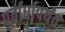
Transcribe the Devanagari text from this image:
पूर्वार्धापर्यंत